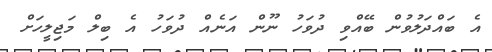
އެ ބައްދަލުވުން ބޭއްވި ދުވަހު ނޫން އަނެއް ދުވަހު އެ ބިލް މަޖިލީހަށް